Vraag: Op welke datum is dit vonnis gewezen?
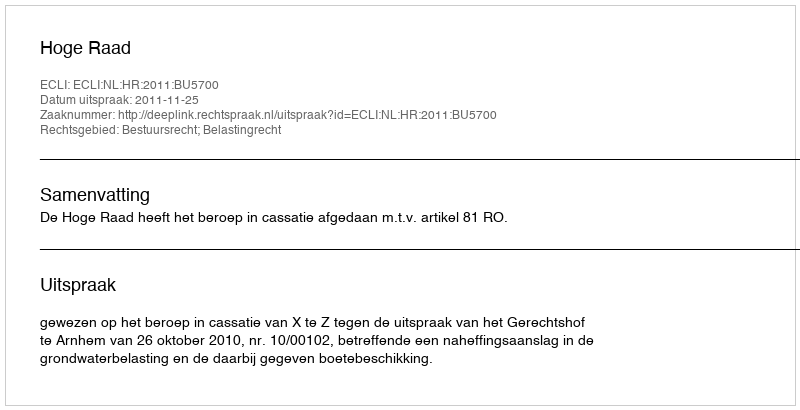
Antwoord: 2011-11-25